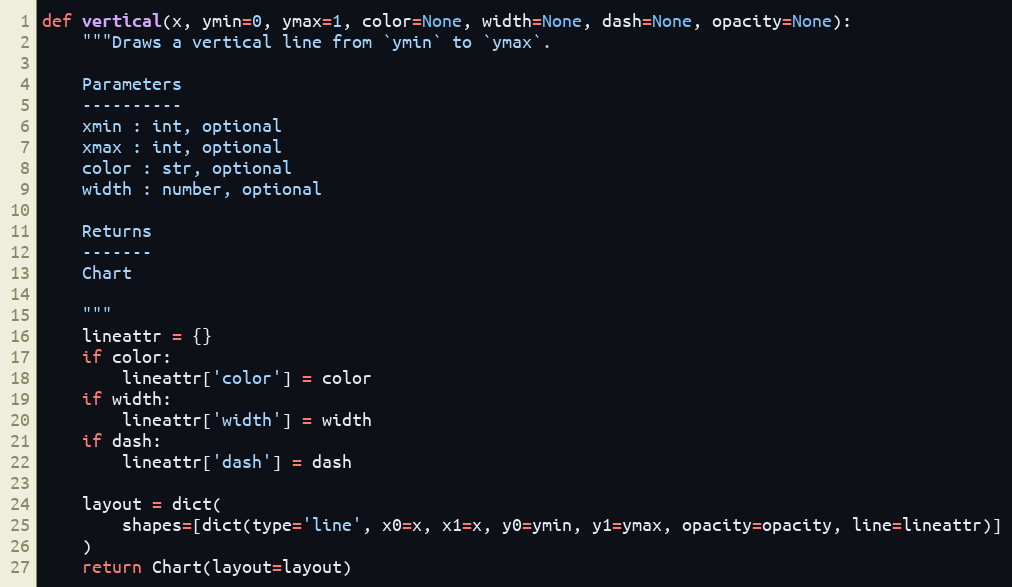
Language: Python
def vertical(x, ymin=0, ymax=1, color=None, width=None, dash=None, opacity=None):
    """Draws a vertical line from `ymin` to `ymax`.

    Parameters
    ----------
    xmin : int, optional
    xmax : int, optional
    color : str, optional
    width : number, optional

    Returns
    -------
    Chart

    """
    lineattr = {}
    if color:
        lineattr['color'] = color
    if width:
        lineattr['width'] = width
    if dash:
        lineattr['dash'] = dash

    layout = dict(
        shapes=[dict(type='line', x0=x, x1=x, y0=ymin, y1=ymax, opacity=opacity, line=lineattr)]
    )
    return Chart(layout=layout)